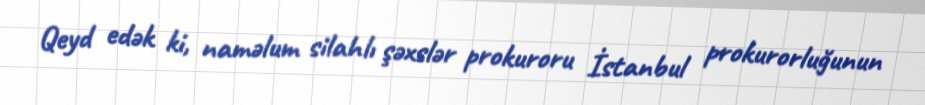
Qeyd edək ki, naməlum silahlı şəxslər prokuroru İstanbul prokurorluğunun